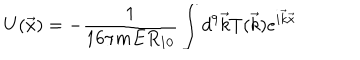
LaTeX: U ( \vec { x } ) = - \frac { 1 } { 1 6 \pi m E R _ { 1 0 } } \int { d ^ { 9 } \vec { k } T ( \vec { k } ) e ^ { i \vec { k } \vec { x } } }